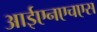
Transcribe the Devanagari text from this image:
आईएनएचएस